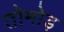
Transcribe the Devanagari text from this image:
तोमोड़